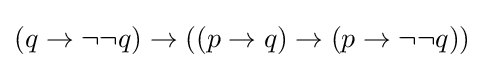
(q\to \neg \neg q)\to ((p\to q)\to (p\to \neg \neg q))